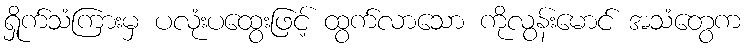
ရှိုက်သံကြားမှ ပလုံးပထွေးဖြင့် ထွက်လာသော ကိုလွန်းမောင် အသံတွေက